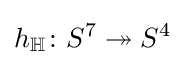
h_{\mathbb {H} }\colon S^{7}\twoheadrightarrow S^{4}